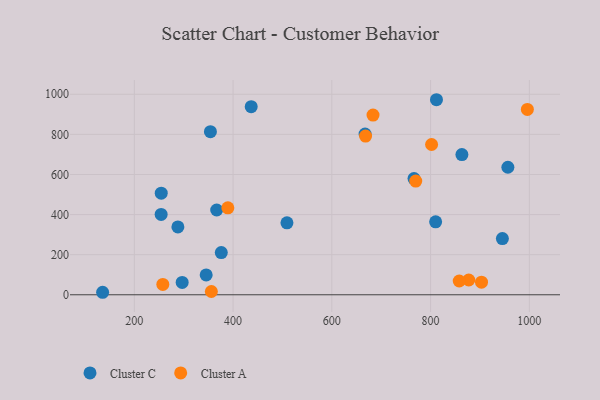
{"axis": {"x": "Engine Size", "y": "Salary"}, "legend": ["Cluster A", "Cluster C"], "data": [{"x": "766.4", "y": 579.8, "type": "Cluster C"}, {"x": "956.5", "y": 636.0, "type": "Cluster C"}, {"x": "810.2", "y": 364.1, "type": "Cluster C"}, {"x": "254.5", "y": 506.8, "type": "Cluster C"}, {"x": "296.9", "y": 61.7, "type": "Cluster C"}, {"x": "376.1", "y": 210.3, "type": "Cluster C"}, {"x": "345.5", "y": 99.0, "type": "Cluster C"}, {"x": "667.3", "y": 801.9, "type": "Cluster C"}, {"x": "354.1", "y": 813.3, "type": "Cluster C"}, {"x": "254.3", "y": 400.9, "type": "Cluster C"}, {"x": "863.4", "y": 699.4, "type": "Cluster C"}, {"x": "509.1", "y": 359.1, "type": "Cluster C"}, {"x": "945.4", "y": 280.5, "type": "Cluster C"}, {"x": "366.8", "y": 422.8, "type": "Cluster C"}, {"x": "436.7", "y": 938.0, "type": "Cluster C"}, {"x": "811.9", "y": 972.8, "type": "Cluster C"}, {"x": "288.2", "y": 338.5, "type": "Cluster C"}, {"x": "135.8", "y": 12.5, "type": "Cluster C"}, {"x": "996.0", "y": 924.2, "type": "Cluster A"}, {"x": "668.3", "y": 791.7, "type": "Cluster A"}, {"x": "257.7", "y": 51.8, "type": "Cluster A"}, {"x": "877.3", "y": 73.7, "type": "Cluster A"}, {"x": "683.4", "y": 896.2, "type": "Cluster A"}, {"x": "903.1", "y": 62.9, "type": "Cluster A"}, {"x": "858.0", "y": 68.7, "type": "Cluster A"}, {"x": "769.9", "y": 566.9, "type": "Cluster A"}, {"x": "802.0", "y": 749.6, "type": "Cluster A"}, {"x": "356.0", "y": 16.4, "type": "Cluster A"}, {"x": "389.4", "y": 433.7, "type": "Cluster A"}]}